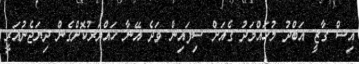
އިސް ގާޒީ އަބްދު މުހައްމަދު ގެއަށް ސިފައިން ވަދެ އޭނާ ހައްޔަރުކޮށްގެން ދިޔަޖެނުއަރީ